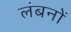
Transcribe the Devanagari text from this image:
लंबनों